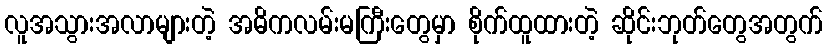
လူအသွားအလာများတဲ့ အဓိကလမ်းမကြီးတွေမှာ စိုက်ထူထားတဲ့ ဆိုင်းဘုတ်တွေအတွက်